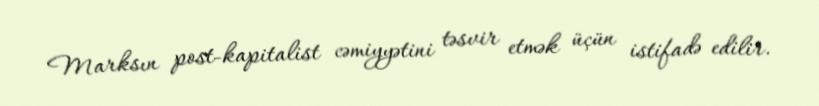
Marksın post-kapitalist cəmiyyətini təsvir etmək üçün istifadə edilir.